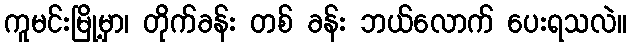
ကူမင်းမြို့မှာ၊ တိုက်ခန်း တစ် ခန်း ဘယ်လောက် ပေးရသလဲ။